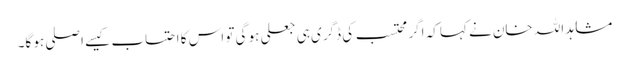
مشاہد اللہ خان نے کہا کہ اگر محتسب کی ڈگری ہی جعلی ہو گی تو اس کا احتساب کیسے اصلی ہو گا۔